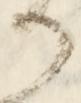
る